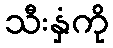
သီးနှံကို